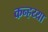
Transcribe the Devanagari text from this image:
कन्हय्या